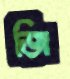
জি